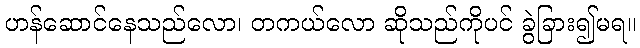
ဟန်ဆောင်နေသည်လော၊ တကယ်လော ဆိုသည်ကိုပင် ခွဲခြား၍မရ။